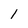
Character: 1